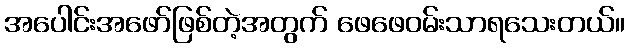
အပေါင်းအဖော်ဖြစ်တဲ့အတွက် ဖေဖေဝမ်းသာရသေးတယ်။